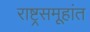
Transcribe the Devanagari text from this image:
राष्ट्रसमूहांत